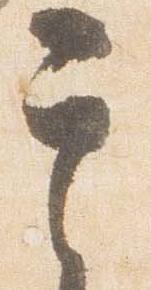
其